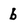
Character: b